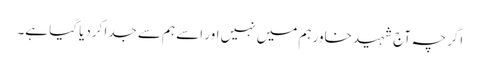
اگرچہ آج شہید خاور ہم میں نہیں اور اسے ہم سے جدا کردیا گیا ہے۔